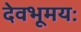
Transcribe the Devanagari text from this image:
देवभूमयः